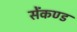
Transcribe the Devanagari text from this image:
सेंकण्ड